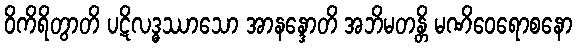
ဝိကိရိတွာတိ ပဋိလဒ္ဓဿာသော အာနန္ဒောတိ အဘိမတန္တိ မဏိဝေရောစနော